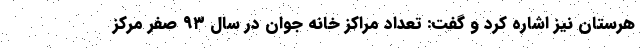
هرستان نیز اشاره کرد و گفت: تعداد مراکز خانه جوان در سال ۹۳ صفر مرکز